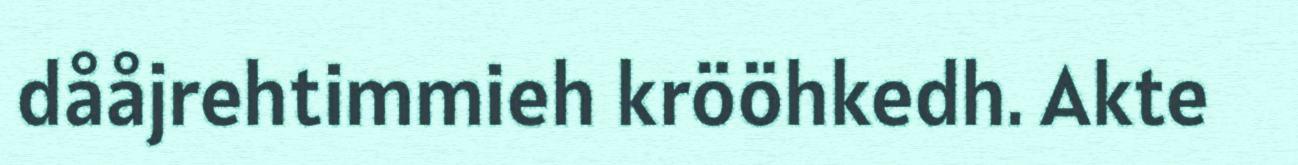
dååjrehtimmieh krööhkedh. Akte